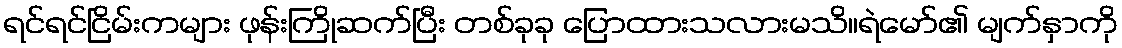
ရင်ရင်ငြိမ်းကများ ဖုန်းကြိုဆက်ပြီး တစ်ခုခု ပြောထားသလားမသိ။ရဲမော်၏ မျက်နှာကို